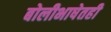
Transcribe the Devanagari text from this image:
बोलीभाषेतही